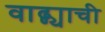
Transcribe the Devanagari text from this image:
वाढ्ण्याची